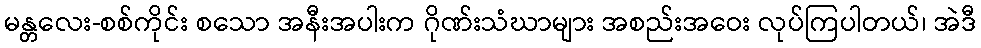
မန္တလေး-စစ်ကိုင်း စသော အနီးအပါးက ဂိုဏ်းသံဃာများ အစည်းအဝေး လုပ်ကြပါတယ်၊ အဲဒီ